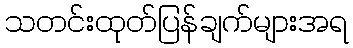
သတင်းထုတ်ပြန်ချက်များအရ